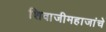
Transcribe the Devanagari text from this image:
शिवाजीमहाजांचे